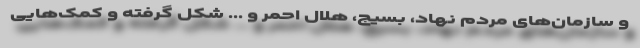
و سازمان‌های مردم نهاد، بسیج، هلال احمر و ... شکل گرفته و کمک‌هایی